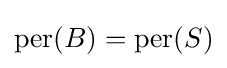
\operatorname {per} (B)=\operatorname {per} (S)